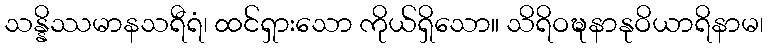
သန္နိဿမာနသရီရံ၊ ထင်ရှားသော ကိုယ်ရှိသော။ သိရိဝဍ္ဎနာနုဝိယာရိနာမ၊